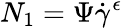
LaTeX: N_{1}=\Psi\dot{\gamma}^{\epsilon}